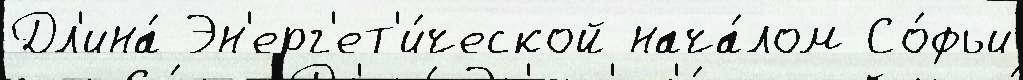
Дл'ина́ Эн'ерг'ет'и́ческой нача́лом Со́фьи